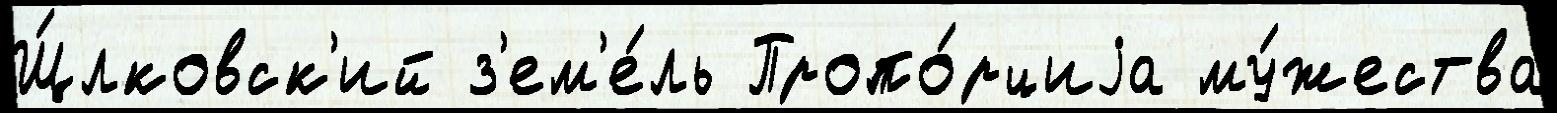
Щ́лковск'ий з'ем'е́ль Пропо́рциjа му́жества